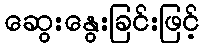
ဆွေးနွေးခြင်းဖြင့်